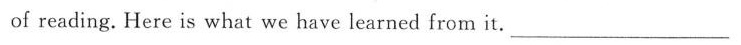
of reading.Here is what we have learned from it.___